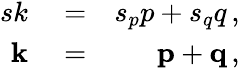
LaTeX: \begin{array}{rlr}{sk}&{{}=}&{s_{p}p+s_{q}q\, ,}\\ {{\mathbf k}}&{{}=}&{{\mathbf p}+{\mathbf q}\, ,}\end{array}